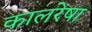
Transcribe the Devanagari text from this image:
कालरेषा